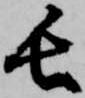
長